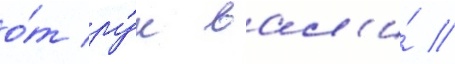
о́т ру́к вал'и́ /